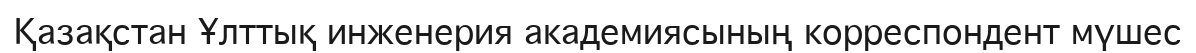
Қазақстан Ұлттық инженерия академиясының корреспондент мүшес